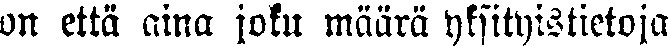
on että aina joku määrä yksityistietoja